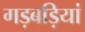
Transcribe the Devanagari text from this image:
गड़बड़ियां